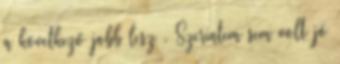
a következő jobb lesz . Szerintem sem volt jó